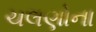
ચલણોના